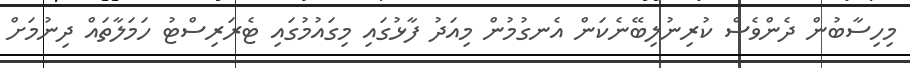
މިހިސާބުން ދެންވެސް ކުރިނުލިބޭނެކަން އެނގުމުން މިއަދު ފާޅުގައި މިގައުމުގައި ޓެރަރިސްޓު ހަމަލާތައް ދިނުމަށް